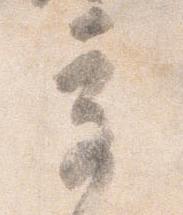
奇